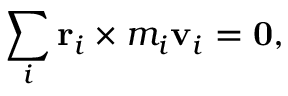
\sum _ { i } \mathbf { r } _ { i } \times m _ { i } \mathbf { v } _ { i } = \mathbf { 0 } ,